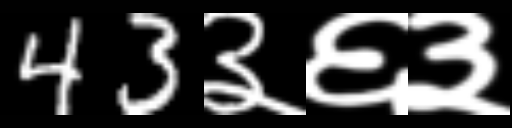
Text: 43३६३